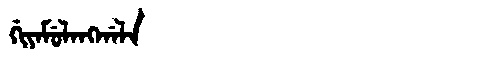
Manchu: ᡤᡳᠶᠠᠮᡠᠯᠠᠩᡤᠠᠯᠠ
Romanization: GIYAMULANGGALA